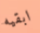
ابقيه